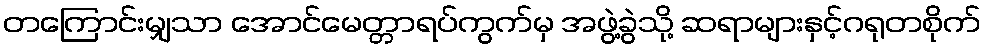
တကြောင်းမျှသာ အောင်မေတ္တာရပ်ကွက်မှ အဖွဲ့ခွဲသို့ ဆရာများနှင့်ဂရုတစိုက်